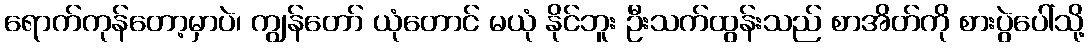
ရောက်ကုန်တော့မှာပဲ၊ ကျွန်တော် ယုံတောင် မယုံ နိုင်ဘူး ဦးသက်ထွန်းသည် စာအိတ်ကို စားပွဲပေါ်သို့